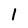
Character: 1